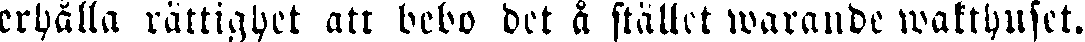
erhålla rättighet att bebo det å stället warande wakthuset.